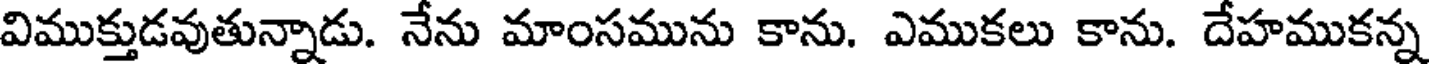
విముక్తుడవుతున్నాడు. నేను మాంసమును కాను. ఎముకలు కాను. దేహముకన్న